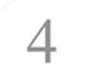
4